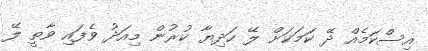
އިސްކަމެއް ދޭ ކަމަކަށް ލޭ ހަދިޔާ ކުރުން މިއަދު ވެފައި ވާތީ ލޭ